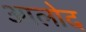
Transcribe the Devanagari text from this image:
आलोद